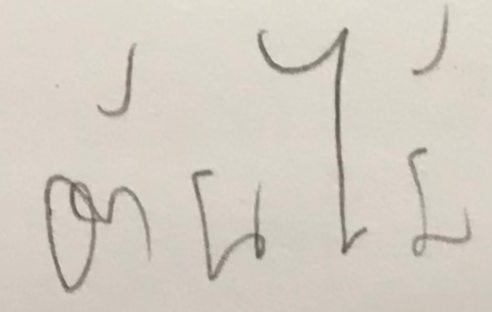
ต้นไม้